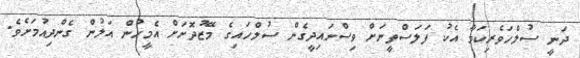
ދަނީ ސުލްހަވެރިކަމާ އެކު ފަލަސްތީނަށް ވިސްނައިދީގެން ސުލްހައިގެ މޭޒުދޮށަށް އެމީހުން އަލުން ގެންދިއުމަށެވެ.